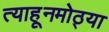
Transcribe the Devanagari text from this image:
त्याहूनमोठ्या